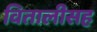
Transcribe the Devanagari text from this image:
वितालीसह